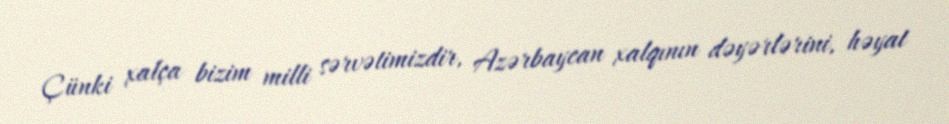
Çünki xalça bizim milli sərvətimizdir, Azərbaycan xalqının dəyərlərini, həyat